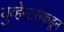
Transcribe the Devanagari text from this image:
युव्हेन्टसकडून